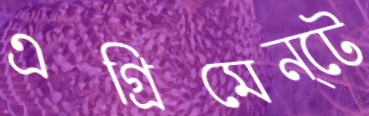
এগ্রিমেন্টে